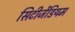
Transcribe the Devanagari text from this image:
सिटीजेंडियम